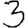
Digit: 3